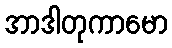
အာဒါတုကာမော